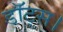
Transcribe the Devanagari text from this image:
डॉट्स।